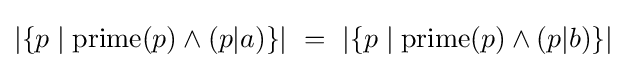
|\{p\mid \mathrm {prime} (p)\land (p|a)\}|\ =\ |\{p\mid \mathrm {prime} (p)\land (p|b)\}|